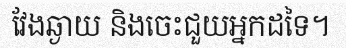
វែងឆ្ងាយ និងចេះជួយអ្នកដទៃ។